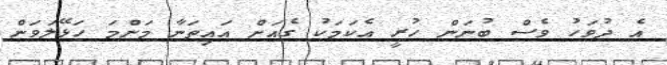
އެ ދުވަހު ވެސް ބުނަން ހުރީ އެކަމަކު ގެއަށް އައިތަނާ މަންމަ ހަޅޭލަވަން